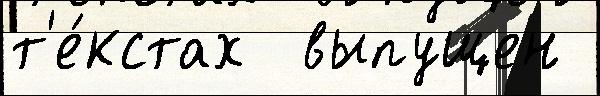
т'е́кстах  выпущен